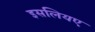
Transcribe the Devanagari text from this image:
इसलियए